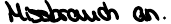
Missbrauch an.